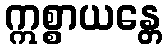
ဣစ္စာယန္တေ